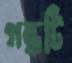
গন্ধটি